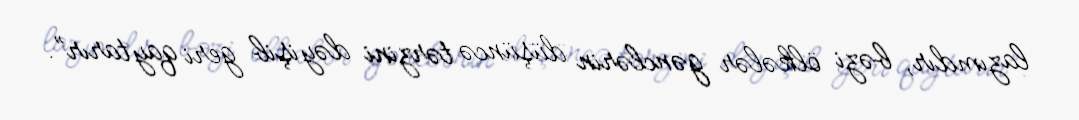
lazımdır, bəzi ölkələr gənclərin düşüncə tərzini dəyişib geri qaytarır”.